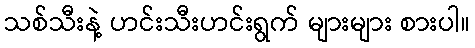
သစ်သီးနဲ့ ဟင်းသီးဟင်းရွက် များများ စားပါ။